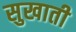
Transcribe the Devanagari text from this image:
सुखाती